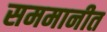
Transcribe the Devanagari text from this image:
सममानीत